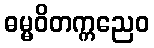
ဓမ္မဝိတက္ကညေဝ